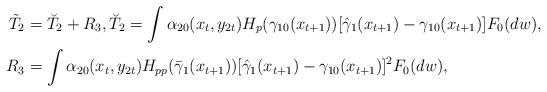
LaTeX: \begin{align*}\tilde{T}_{2} & =\breve{T}_{2}+R_{3},\breve{T}_{2}=\int\alpha_{20}(x_{t},y_{2t})H_{p}(\gamma_{10}(x_{t+1}))[\hat{\gamma}_{1}(x_{t+1})-\gamma_{10}(x_{t+1})]F_{0}(dw),\\R_{3} & =\int\alpha_{20}(x_{t},y_{2t})H_{pp}(\bar{\gamma}_{1}(x_{t+1}))[\hat{\gamma}_{1}(x_{t+1})-\gamma_{10}(x_{t+1})]^{2}F_{0}(dw),\end{align*}